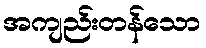
အကျည်းတန်သော